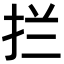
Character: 拦